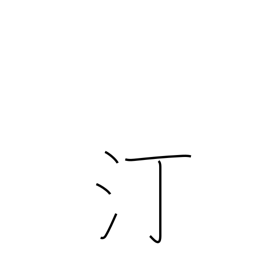
Meaning: water's edge